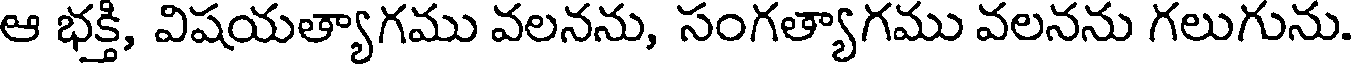
ఆ భక్తి, విషయత్యాగము వలనను, సంగత్యాగము వలనను గలుగును.